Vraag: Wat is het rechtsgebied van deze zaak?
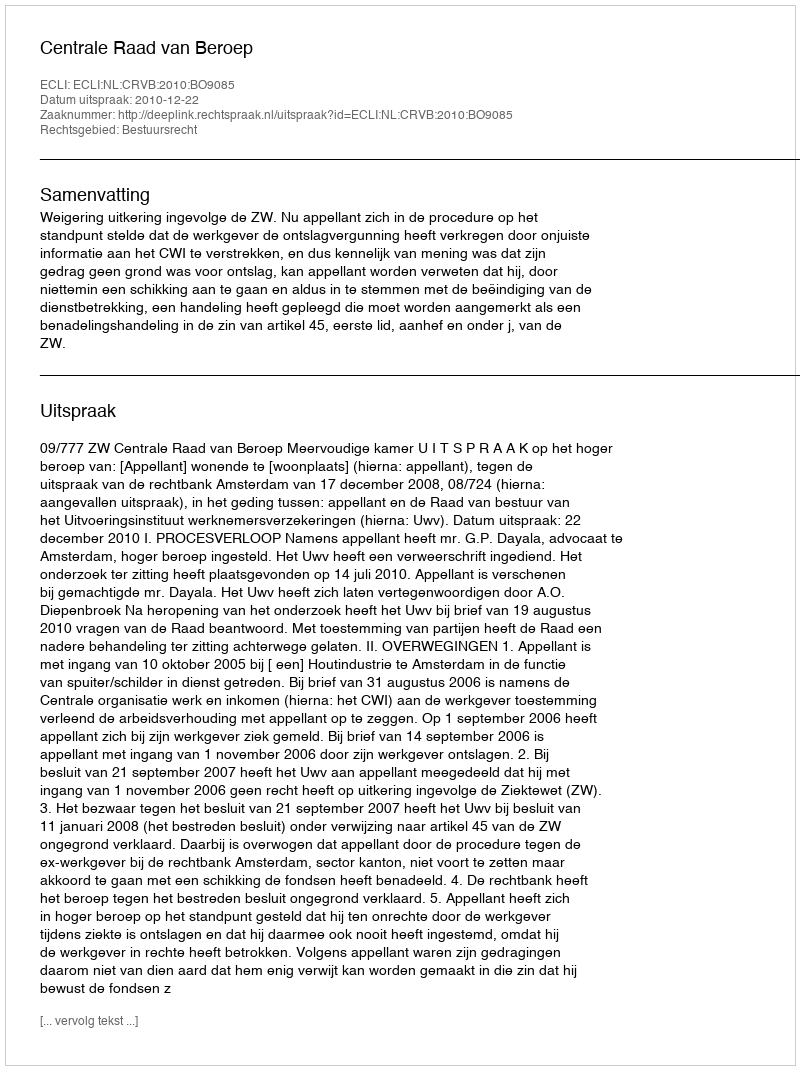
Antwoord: Bestuursrecht